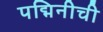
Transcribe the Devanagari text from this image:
पद्मिनीची